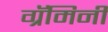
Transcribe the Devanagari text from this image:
ग्रॅमिनी